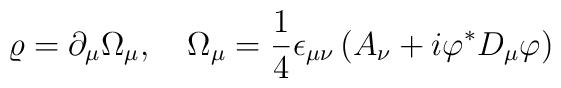
\varrho = \partial_{\mu}\Omega_{\mu}, \quad\Omega_{\mu}=\frac14\epsilon_{\mu\nu}\left(A_{\nu}+i\varphi^*D_{\mu}\varphi\right)